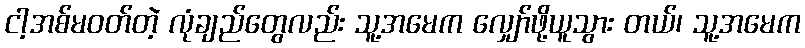
ငါ့အစ်မဝတ်တဲ့ လုံချည်တွေလည်း သူ့အမေက လျှော်ဖို့ယူသွား တယ်၊ သူ့အမေက